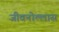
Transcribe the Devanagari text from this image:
जीवनोल्लास